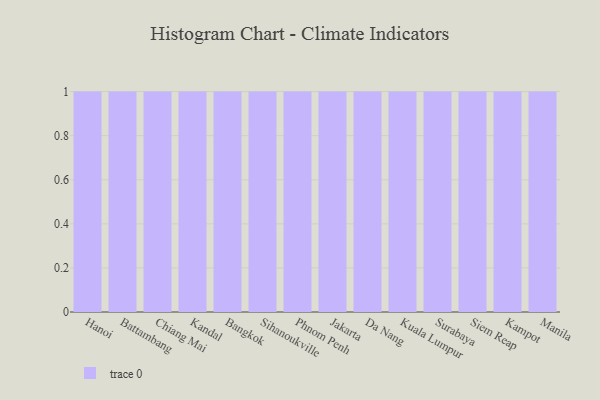
{"axis": {"x": "City", "y": "Demand Index"}, "legend": [""], "data": [{"x": "Hanoi", "y": 62, "type": ""}, {"x": "Battambang", "y": 26, "type": ""}, {"x": "Chiang Mai", "y": 63, "type": ""}, {"x": "Kandal", "y": 77, "type": ""}, {"x": "Bangkok", "y": 24, "type": ""}, {"x": "Sihanoukville", "y": 92, "type": ""}, {"x": "Phnom Penh", "y": 86, "type": ""}, {"x": "Jakarta", "y": 13, "type": ""}, {"x": "Da Nang", "y": 93, "type": ""}, {"x": "Kuala Lumpur", "y": 88, "type": ""}, {"x": "Surabaya", "y": 3, "type": ""}, {"x": "Siem Reap", "y": 92, "type": ""}, {"x": "Kampot", "y": 6, "type": ""}, {"x": "Manila", "y": 29, "type": ""}]}